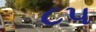
૮૫